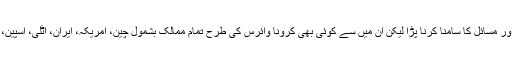
حالیہ دہائیوں میں بین الاقوامی نظام کو متعدد بحرانوں اور مسائل کا سامنا کرنا پڑا لیکن ان میں سے کوئی بھی کرونا وائرس کی طرح تمام ممالک بشمول چین، امریکہ، ایران، اٹلی، اسپین، یورپ، ایشیا اور افریقہ کو اپنی لپٹ میں نہیں لے سکتا۔